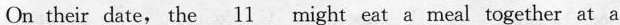
On their date, the \underline{11} might eat a meal together at a